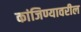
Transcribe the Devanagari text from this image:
कांजिण्यावरील